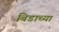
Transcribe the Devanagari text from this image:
बिडाच्या